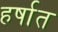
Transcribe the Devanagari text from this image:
हर्षात